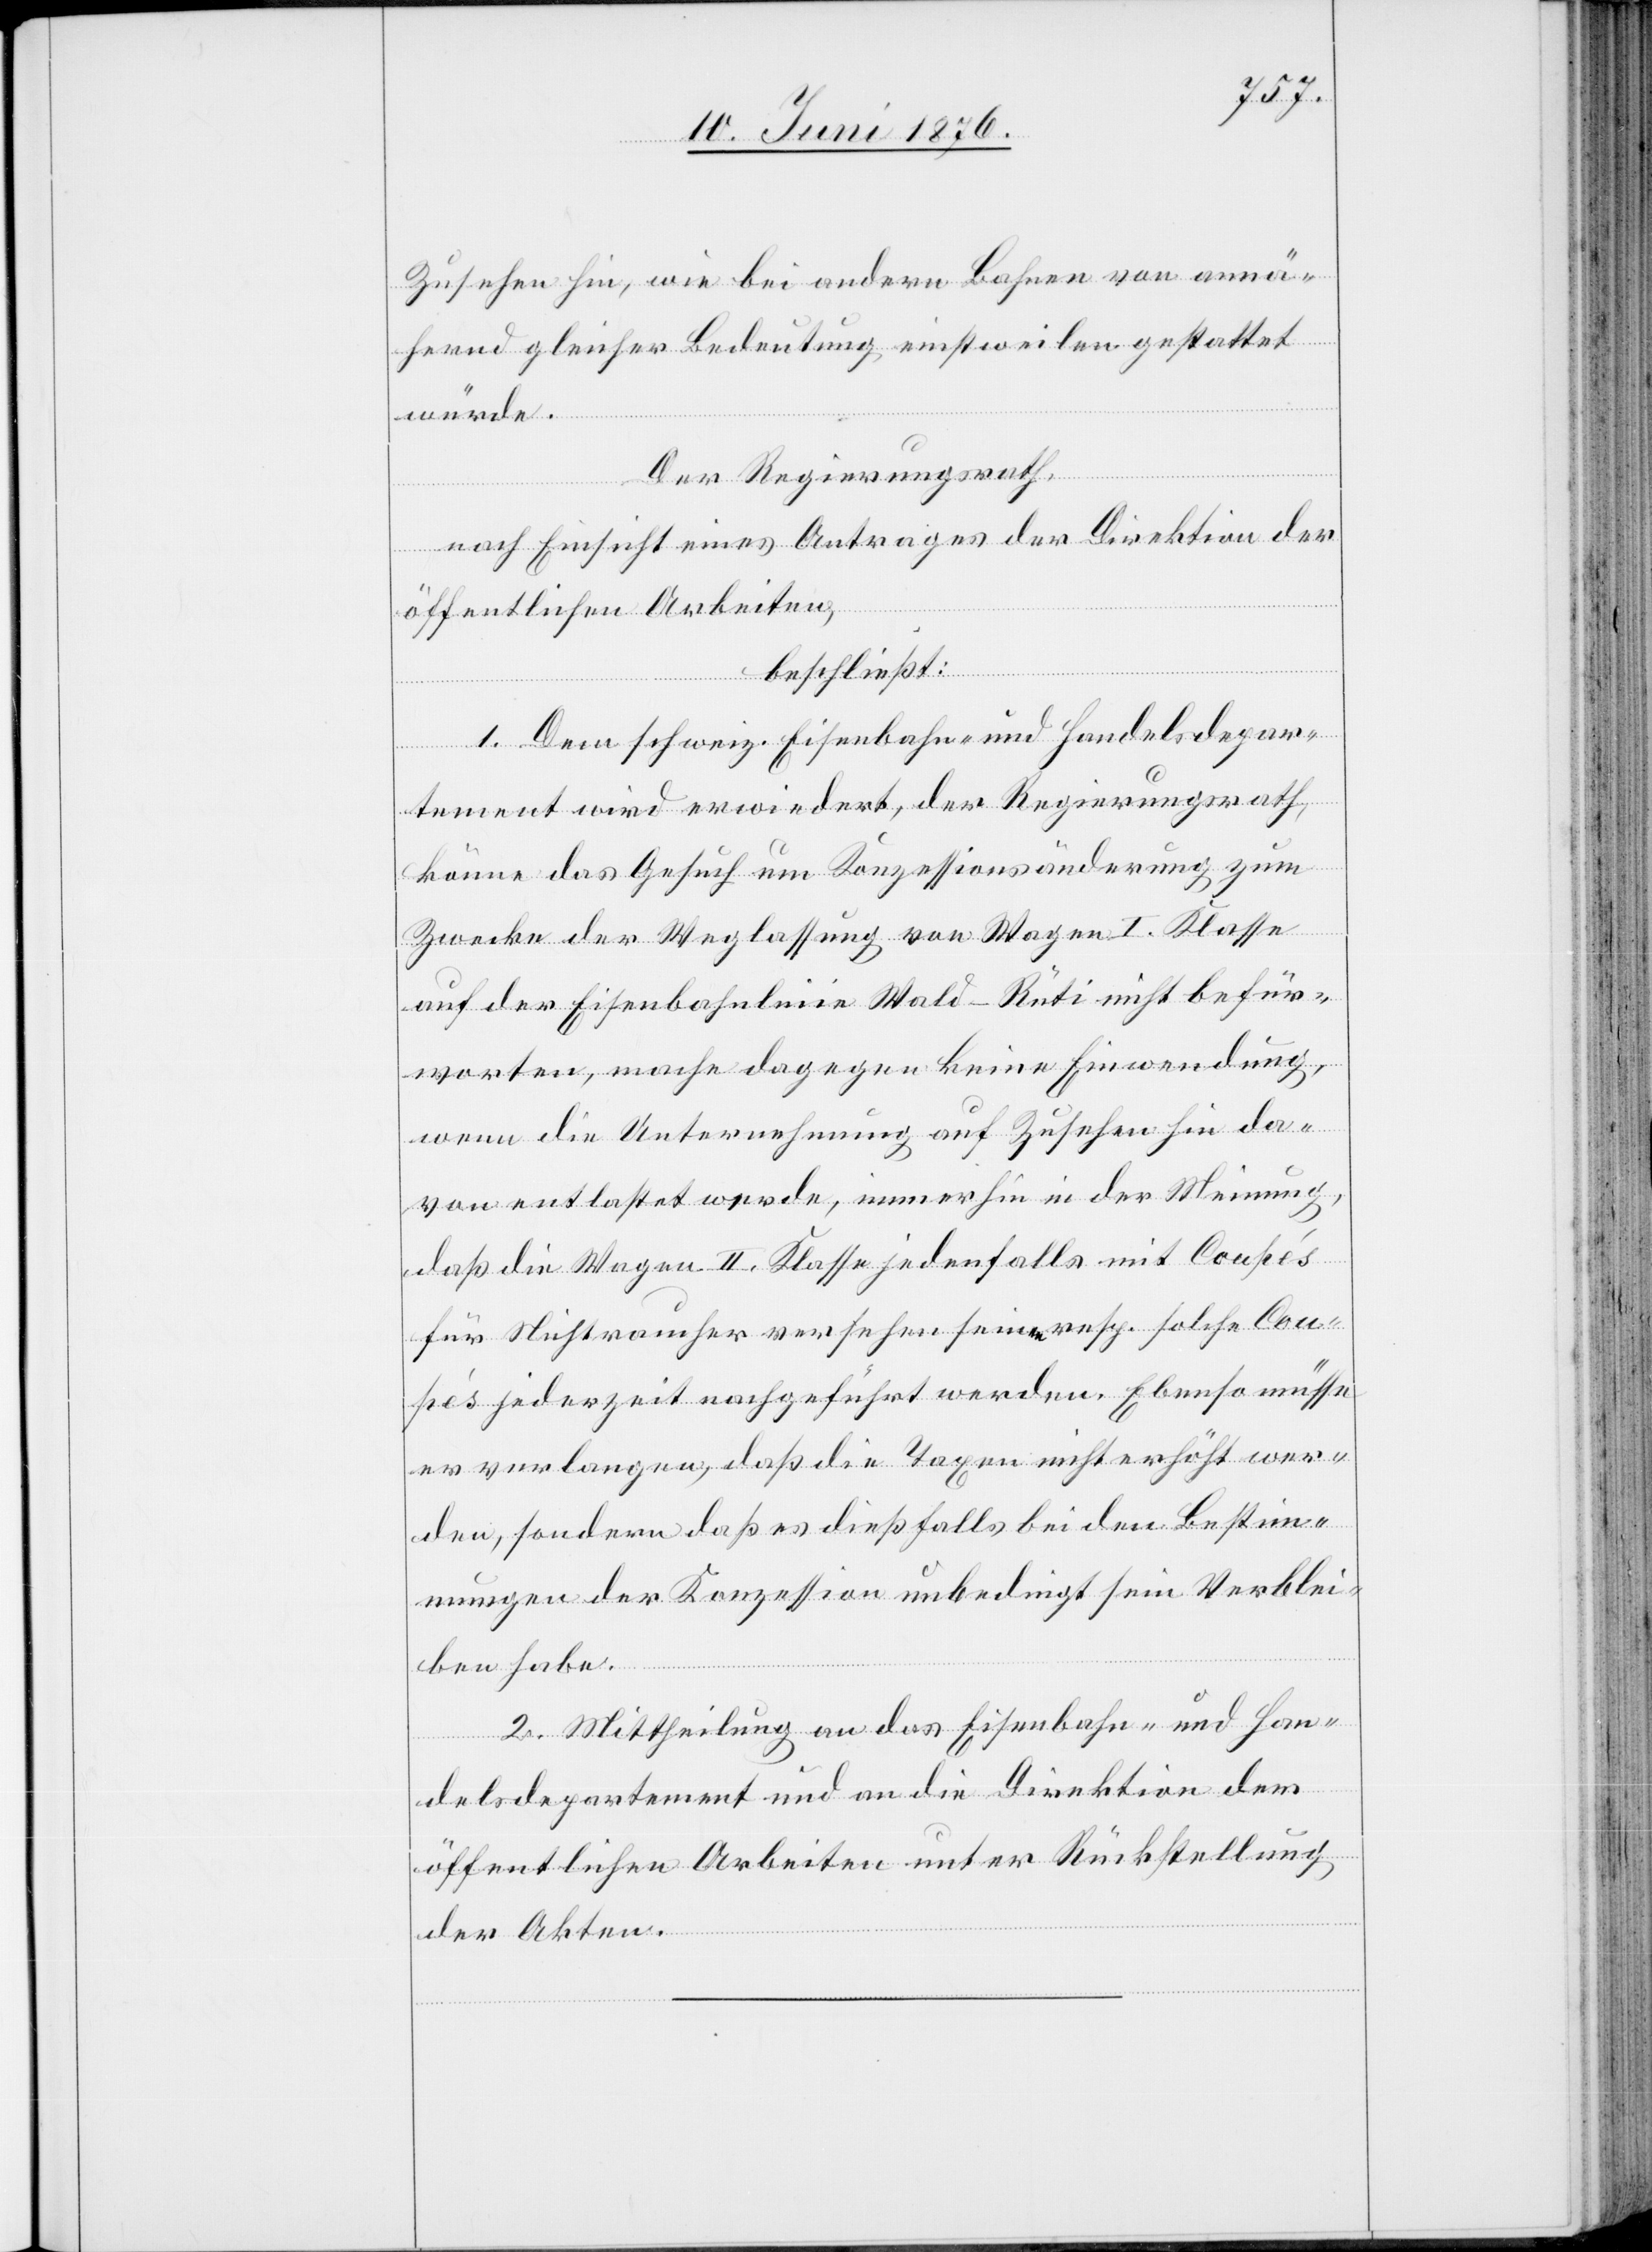
Zusehen hin, wie bei andern Bahnen von annä¬
hernd gleicher Bedeutung einstweilen gestattet
würde.
Der Regierungsrath,
nach Einsicht eines Antrages der Direktion der
öffentlichen Arbeiten,
beschließt:
1. Dem schweiz. Eisenbahn- und Handelsdepar¬
tement wird erwiedert, der Regierungsrath
könne das Gesuch um Konzessionsänderung zum
Zwecke der Weglassung von Wagen I. Klasse
auf der Eisenbahnlinie Wald–Rüti nicht befür¬
worten, mache dagegen keine Einwendung,
wenn die Unternehmung auf Zusehen hin da¬
von entlastet werde, immerhin in der Meinung,
daß die Wagen II. Klasse jedenfalls mit Coupés
für Nichtraucher versehen seien resp. solche Cou¬
pés jederzeit nachgeführt werden. Ebenso müsse
er verlangen, daß die Taxen nicht erhöht wer¬
den, sondern daß es dießfalls bei den Bestim¬
mungen der Konzession unbedingt sein Verblei¬
ben habe.
2. Mittheilung an das Eisenbahn- und Han¬
delsdepartement und an die Direktion der
öffentlichen Arbeiten unter Rückstellung
der Akten.